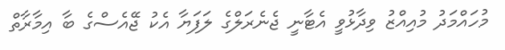
މުހައްމަދު މުއިއްޒު ވިދާޅުވީ އެޓާނީ ޖެނެރަލްގެ ލަފަޔާ އެކު ޖޭއެސްގެ ބާ އިމާރާތް